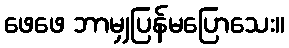
ဖေဖေ ဘာမျှပြန်မပြောသေး။